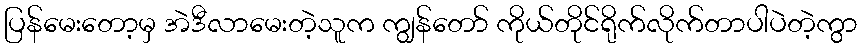
ပြန်မေးတော့မှ အဲဒီလာမေးတဲ့သူက ကျွန်တော် ကိုယ်တိုင်ရိုက်လိုက်တာပါပဲတဲ့ကွာ